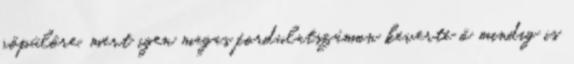
röpülőre, mert igen magas fordulatszámon keverte ő mindig is